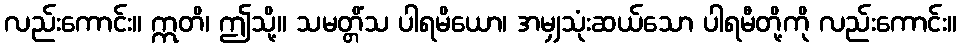
လည်းကောင်း။ ဣတိ၊ ဤသို့။ သမတ္တိံသ ပါရမိယော၊ အမျှသုံးဆယ်သော ပါရမီတို့ကို လည်းကောင်း။